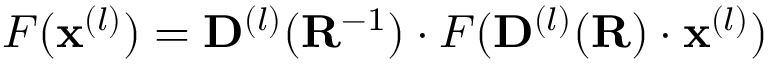
F ( \mathbf { x } ^ { ( l ) } ) = \mathbf { D } ^ { ( l ) } ( \mathbf { R } ^ { - 1 } ) \cdot F ( \mathbf { D } ^ { ( l ) } ( \mathbf { R } ) \cdot \mathbf { x } ^ { ( l ) } )